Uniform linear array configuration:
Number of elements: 48
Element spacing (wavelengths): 1
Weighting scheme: binomial
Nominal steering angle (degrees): -60
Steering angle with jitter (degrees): -60.111
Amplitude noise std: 0.05
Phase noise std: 0.05

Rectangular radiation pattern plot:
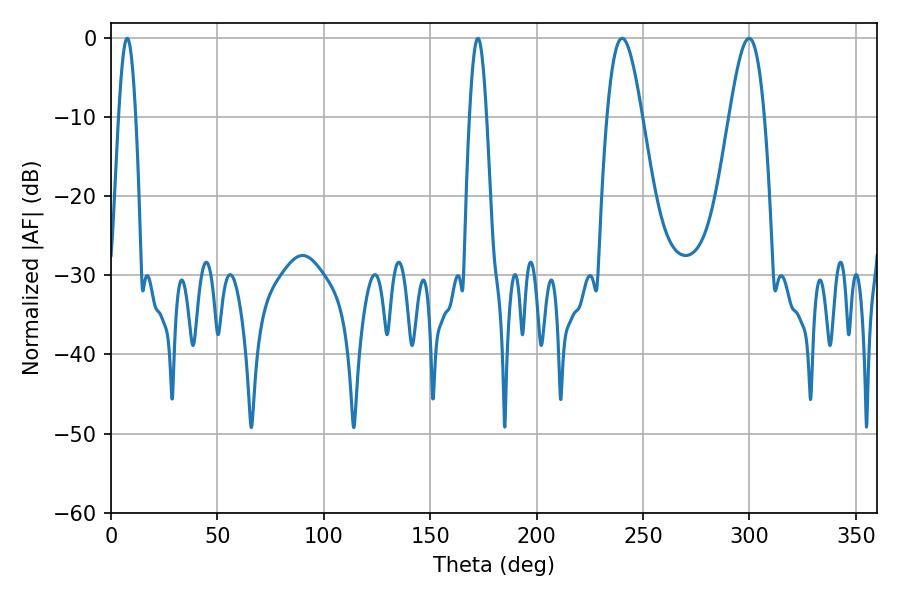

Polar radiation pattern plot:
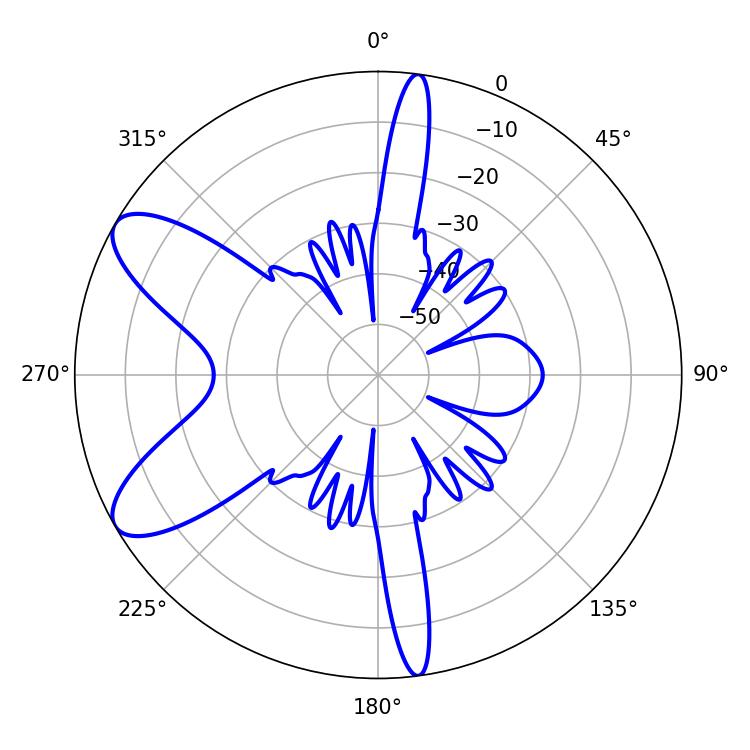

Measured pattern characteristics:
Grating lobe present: TRUE
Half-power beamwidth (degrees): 8.82
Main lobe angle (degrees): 240.12